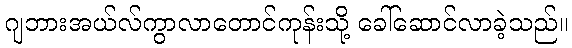
ဂျဘားအယ်လ်ကွာလာတောင်ကုန်းသို့ ခေါ်ဆောင်လာခဲ့သည်။